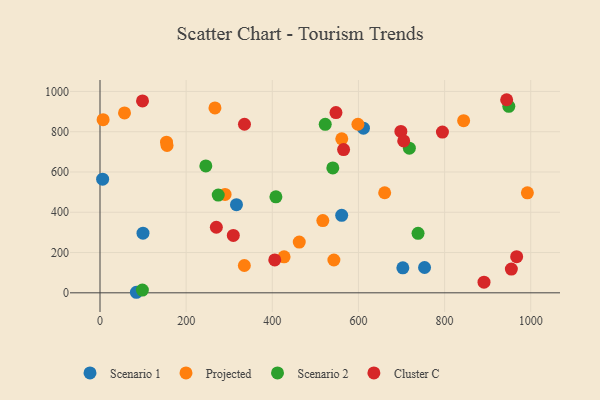
{"axis": {"x": "Ad Spend", "y": "Salary"}, "legend": ["Cluster C", "Projected", "Scenario 1", "Scenario 2"], "data": [{"x": "316.8", "y": 437.5, "type": "Scenario 1"}, {"x": "561.1", "y": 385.0, "type": "Scenario 1"}, {"x": "753.5", "y": 125.7, "type": "Scenario 1"}, {"x": "703.1", "y": 124.2, "type": "Scenario 1"}, {"x": "611.6", "y": 817.5, "type": "Scenario 1"}, {"x": "84.5", "y": 2.7, "type": "Scenario 1"}, {"x": "99.8", "y": 296.3, "type": "Scenario 1"}, {"x": "6.1", "y": 564.3, "type": "Scenario 1"}, {"x": "7.2", "y": 859.6, "type": "Projected"}, {"x": "844.2", "y": 854.8, "type": "Projected"}, {"x": "335.1", "y": 135.7, "type": "Projected"}, {"x": "660.9", "y": 496.9, "type": "Projected"}, {"x": "56.9", "y": 893.4, "type": "Projected"}, {"x": "154.4", "y": 748.1, "type": "Projected"}, {"x": "598.8", "y": 837.1, "type": "Projected"}, {"x": "517.3", "y": 358.6, "type": "Projected"}, {"x": "992.2", "y": 496.8, "type": "Projected"}, {"x": "155.7", "y": 731.5, "type": "Projected"}, {"x": "561.3", "y": 764.8, "type": "Projected"}, {"x": "266.9", "y": 918.4, "type": "Projected"}, {"x": "462.6", "y": 251.9, "type": "Projected"}, {"x": "427.4", "y": 178.9, "type": "Projected"}, {"x": "543.0", "y": 163.0, "type": "Projected"}, {"x": "290.4", "y": 488.7, "type": "Projected"}, {"x": "738.4", "y": 295.3, "type": "Scenario 2"}, {"x": "540.5", "y": 620.4, "type": "Scenario 2"}, {"x": "718.2", "y": 718.5, "type": "Scenario 2"}, {"x": "98.4", "y": 13.6, "type": "Scenario 2"}, {"x": "522.9", "y": 836.6, "type": "Scenario 2"}, {"x": "408.4", "y": 476.9, "type": "Scenario 2"}, {"x": "274.5", "y": 485.3, "type": "Scenario 2"}, {"x": "949.1", "y": 926.3, "type": "Scenario 2"}, {"x": "245.7", "y": 630.0, "type": "Scenario 2"}, {"x": "955.0", "y": 117.8, "type": "Cluster C"}, {"x": "944.1", "y": 958.9, "type": "Cluster C"}, {"x": "795.0", "y": 798.1, "type": "Cluster C"}, {"x": "891.5", "y": 52.7, "type": "Cluster C"}, {"x": "698.5", "y": 801.3, "type": "Cluster C"}, {"x": "967.3", "y": 179.7, "type": "Cluster C"}, {"x": "547.8", "y": 895.3, "type": "Cluster C"}, {"x": "565.5", "y": 711.5, "type": "Cluster C"}, {"x": "309.5", "y": 285.1, "type": "Cluster C"}, {"x": "705.1", "y": 754.5, "type": "Cluster C"}, {"x": "98.7", "y": 952.9, "type": "Cluster C"}, {"x": "335.4", "y": 837.2, "type": "Cluster C"}, {"x": "270.1", "y": 325.7, "type": "Cluster C"}, {"x": "405.7", "y": 163.4, "type": "Cluster C"}]}